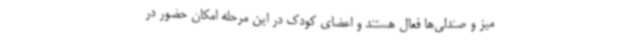
میز و صندلی‌ها فعال هستند و اعضای کودک در این مرحله امکان حضور در